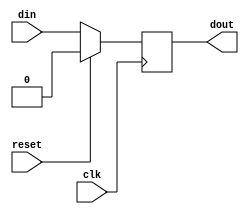
// ***************************************************************************
// ***************************************************************************
// Copyright (C) 2017-2023 Analog Devices, Inc. All rights reserved.
//
// In this HDL repository, there are many different and unique modules, consisting
// of various HDL (Verilog or VHDL) components. The individual modules are
// developed independently, and may be accompanied by separate and unique license
// terms.
//
// The user should read each of these license terms, and understand the
// freedoms and responsibilities that he or she has by using this source/core.
//
// This core is distributed in the hope that it will be useful, but WITHOUT ANY
// WARRANTY; without even the implied warranty of MERCHANTABILITY or FITNESS FOR
// A PARTICULAR PURPOSE.
//
// Redistribution and use of source or resulting binaries, with or without modification
// of this file, are permitted under one of the following two license terms:
//
//   1. The GNU General Public License version 2 as published by the
//      Free Software Foundation, which can be found in the top level directory
//      of this repository (LICENSE_GPL2), and also online at:
//      <https://www.gnu.org/licenses/old-licenses/gpl-2.0.html>
//
// OR
//
//   2. An ADI specific BSD license, which can be found in the top level directory
//      of this repository (LICENSE_ADIBSD), and also on-line at:
//      https://github.com/analogdevicesinc/hdl/blob/main/LICENSE_ADIBSD
//      This will allow to generate bit files and not release the source code,
//      as long as it attaches to an ADI device.
//
// ***************************************************************************
// ***************************************************************************

`timescale 1ns/100ps

module util_delay #(

  parameter DATA_WIDTH = 1,
  // the minimum valid value for DELAY_CYCLES is 1
  parameter DELAY_CYCLES = 1
) (
  input                             clk,
  input                             reset,
  input                             din,
  output  [DATA_WIDTH-1:0]          dout
);

  reg     [DATA_WIDTH-1:0]          dbuf[0:(DELAY_CYCLES-1)];

  always @(posedge clk) begin
    if (reset) begin
      dbuf[0] <= 0;
    end else begin
      dbuf[0] <= din;
    end
  end

  generate
  genvar i;
    for (i = 1; i < DELAY_CYCLES; i=i+1) begin:register_pipe
      always @(posedge clk) begin
        if (reset) begin
          dbuf[i] <= 0;
        end else begin
          dbuf[i] <= dbuf[i-1];
        end
      end
    end
  endgenerate

  assign dout = dbuf[(DELAY_CYCLES-1)];

endmodule